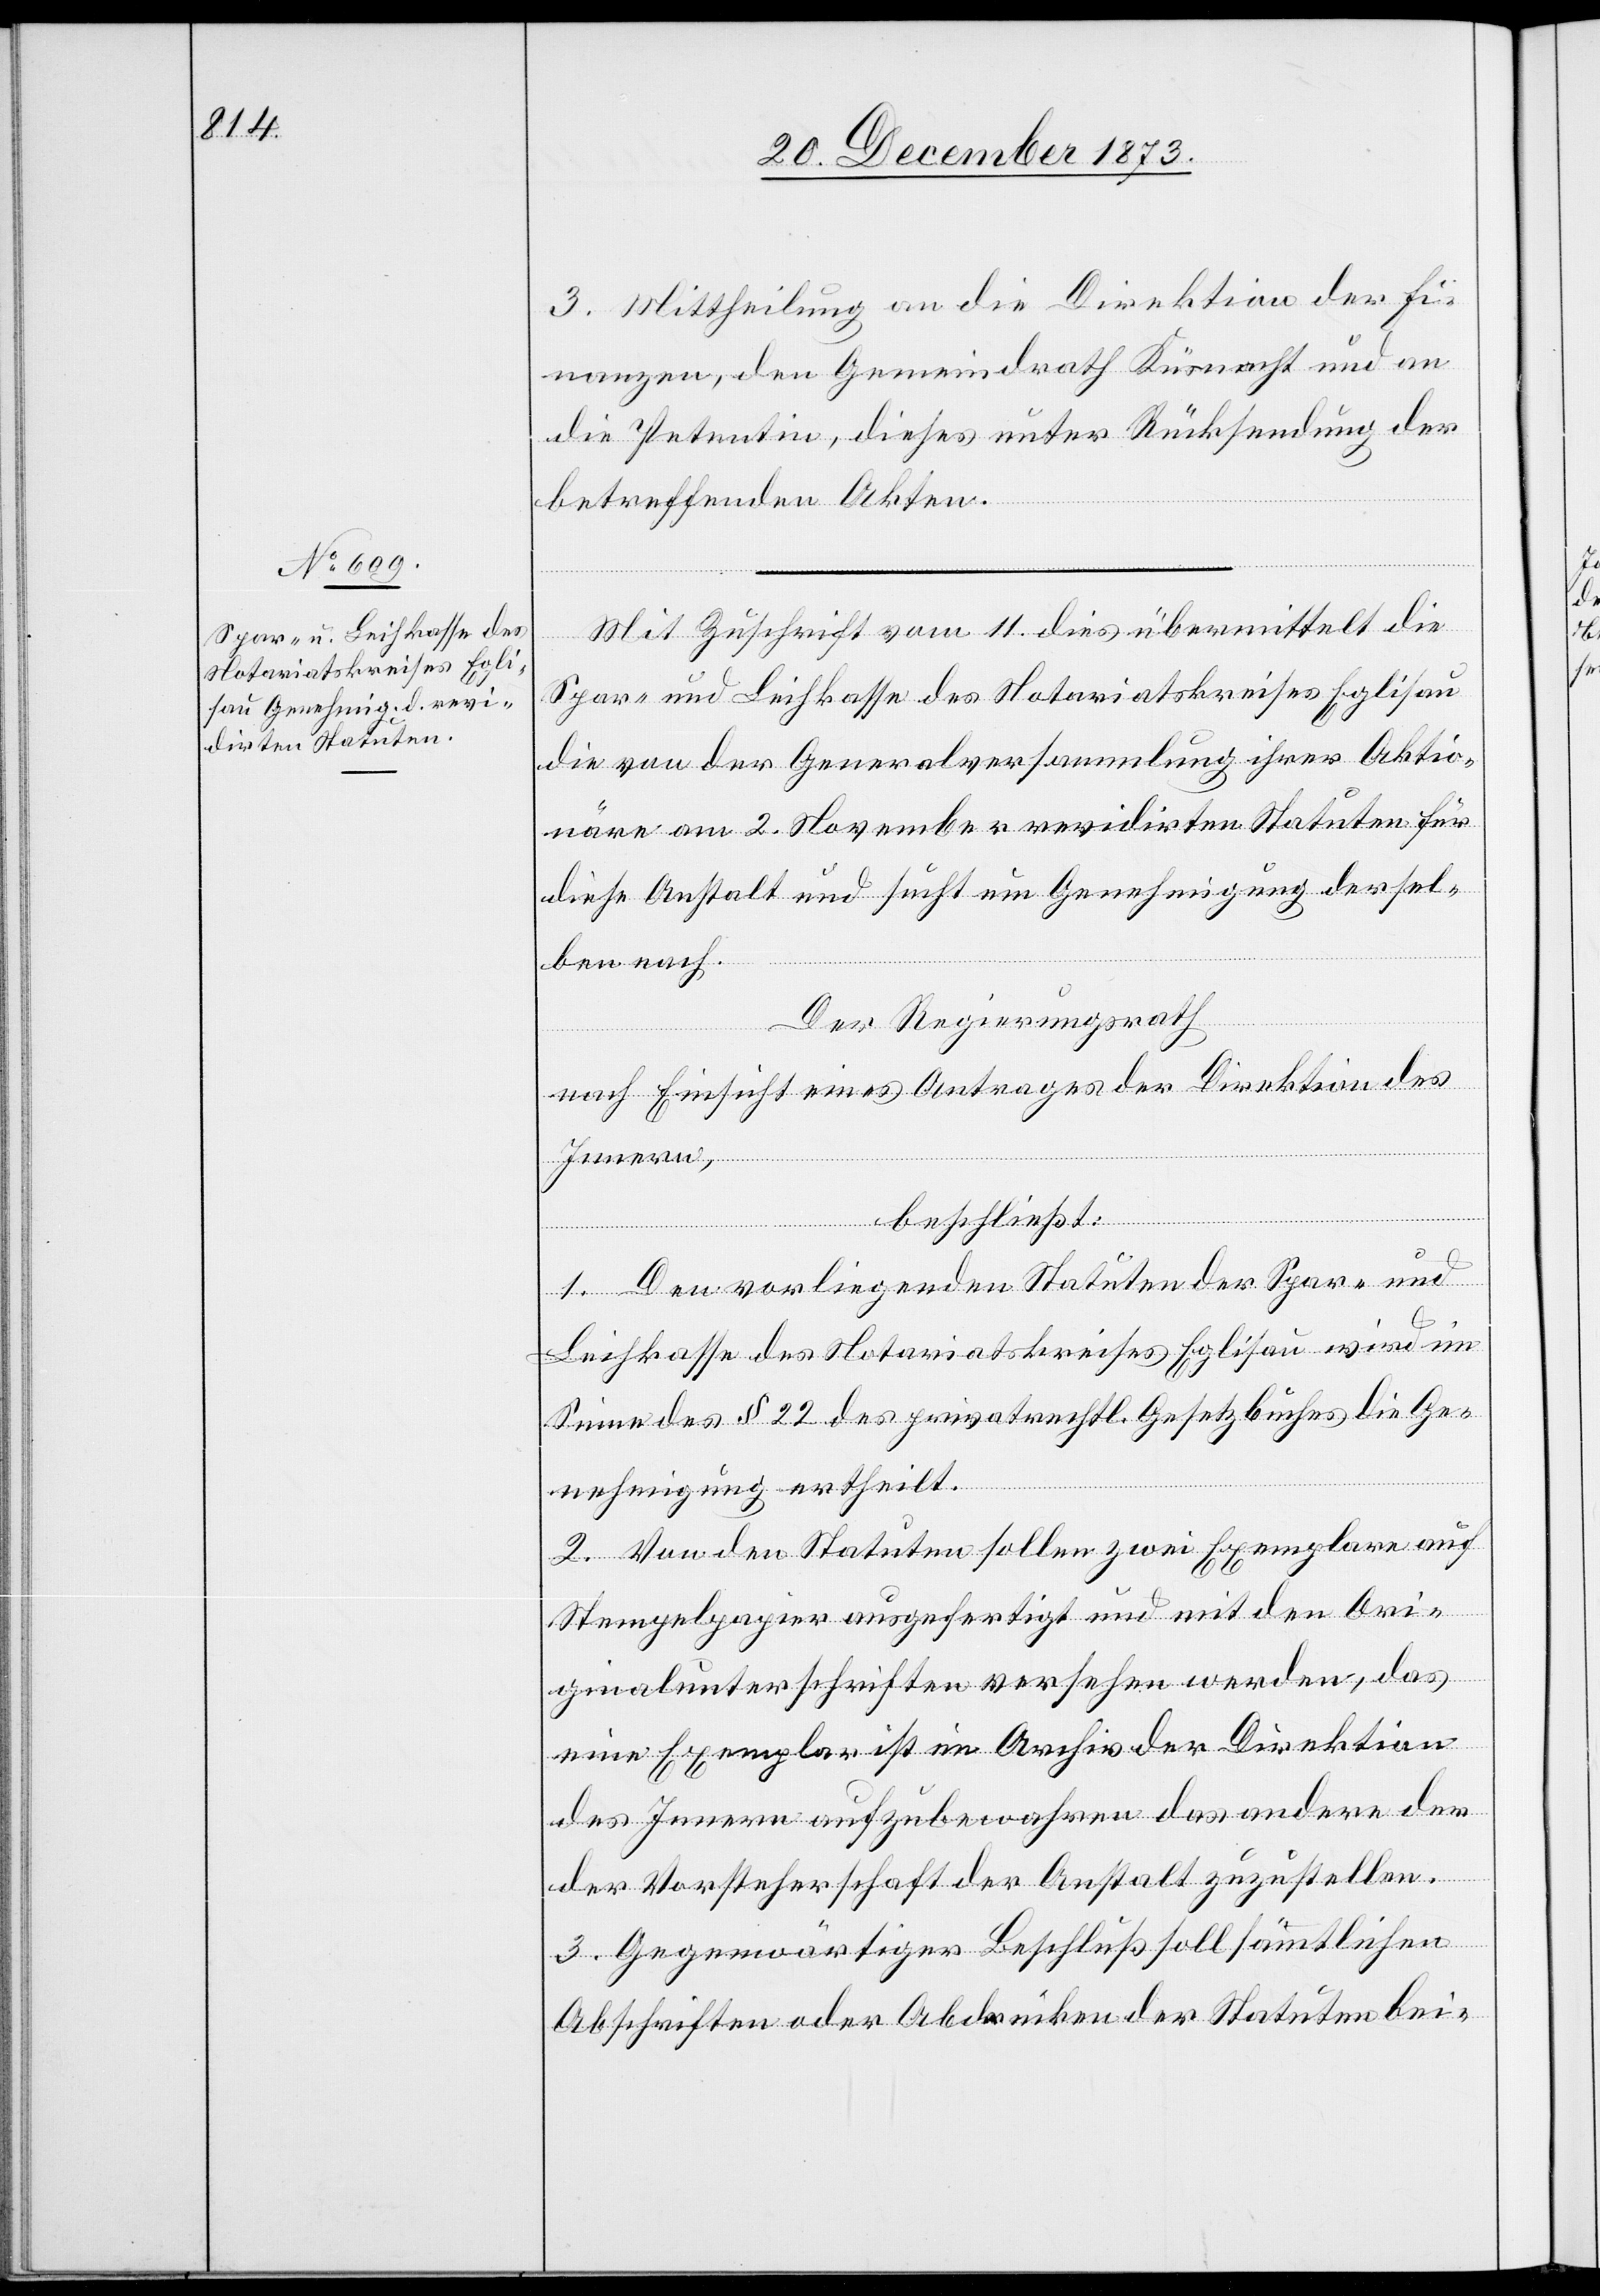
3. Mittheilung an die Direktion der Fi¬
nanzen, den Gemeindrath Küsnacht und an
die Petentin, dieses unter Rücksendung der
betreffenden Akten.
Mit Zuschrift vom 11. dies übermittelt die
Spar- und Leihkasse des Notariatskreises Eglisau
die von der Generalversammlung ihrer Aktio¬
näre am 2. November revidirten Statuten für
diese Anstalt und sucht um Genehmigung dersel¬
ben nach.
Der Regierungsrath
nach Einsicht eines Antrages der Direktion des
Innern,
beschließt:
1. Den vorliegenden Statuten der Spar- und
Leihkasse des Notariatskreises Eglisau wird im
Sinne des § 22 des privatrechtl. Gesetzbuches die Ge¬
nehmigung ertheilt.
2. Von den Statuten sollen zwei Exemplare auf
Stempelpapier ausgefertigt und mit den Ori¬
ginalunterschriften versehen werden, das
eine Exemplar ist im Archiv der Direktion
des Innern aufzubewahren das andere der
Vorsteherschaft der Anstalt zuzustellen.
3. Gegenwärtiger Beschluß soll sämmtlichen
Abschriften oder Abdrücken der Statuten bei-